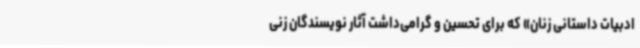
ادبیات داستانی زنان» که برای تحسین و گرامی‌داشت آثار نویسندگان زنی